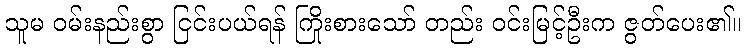
သူမ ဝမ်းနည်းစွာ ငြင်းပယ်ရန် ကြိုးစားသော် တည်း ဝင်းမြင့်ဦးက ဇွတ်ပေး၏။